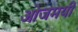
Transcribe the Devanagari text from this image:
ओजमयी